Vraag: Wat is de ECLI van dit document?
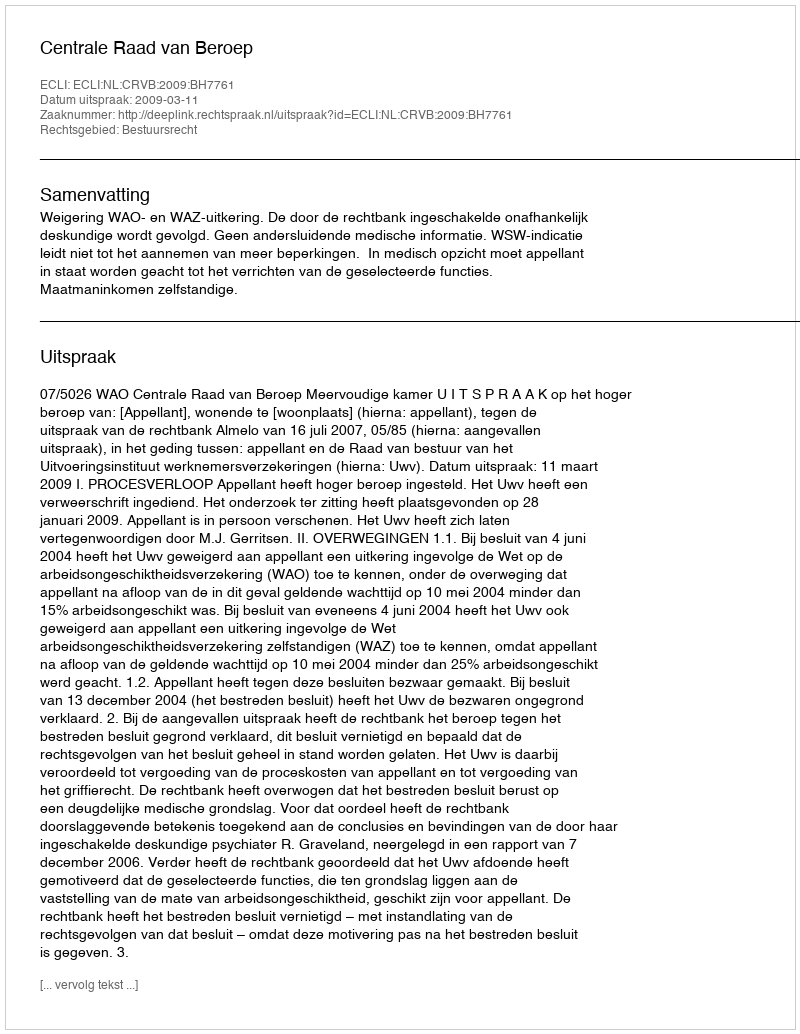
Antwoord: ECLI:NL:CRVB:2009:BH7761